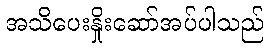
အသိပေးနှိုးဆော်အပ်ပါသည်